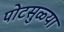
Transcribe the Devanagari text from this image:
पोटसुळ्या